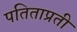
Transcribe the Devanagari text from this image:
पतिताप्रती